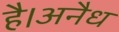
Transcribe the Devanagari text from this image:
है।अनैध